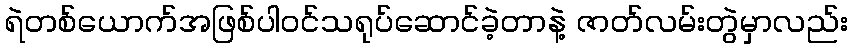
ရဲတစ်ယောက်အဖြစ်ပါဝင်သရုပ်ဆောင်ခဲ့တာနဲ့ ဇာတ်လမ်းတွဲမှာလည်း